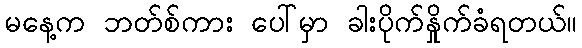
မနေ့က ဘတ်စ်ကား ပေါ်မှာ ခါးပိုက်နှိုက်ခံရတယ်။